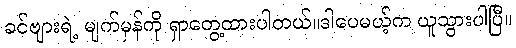
ခင်ဗျားရဲ့ မျက်မှန်ကို ရှာတွေ့ထားပါတယ်။ဒါပေမယ့်က ယူသွားပါပြီ။